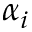
\alpha _ { i }